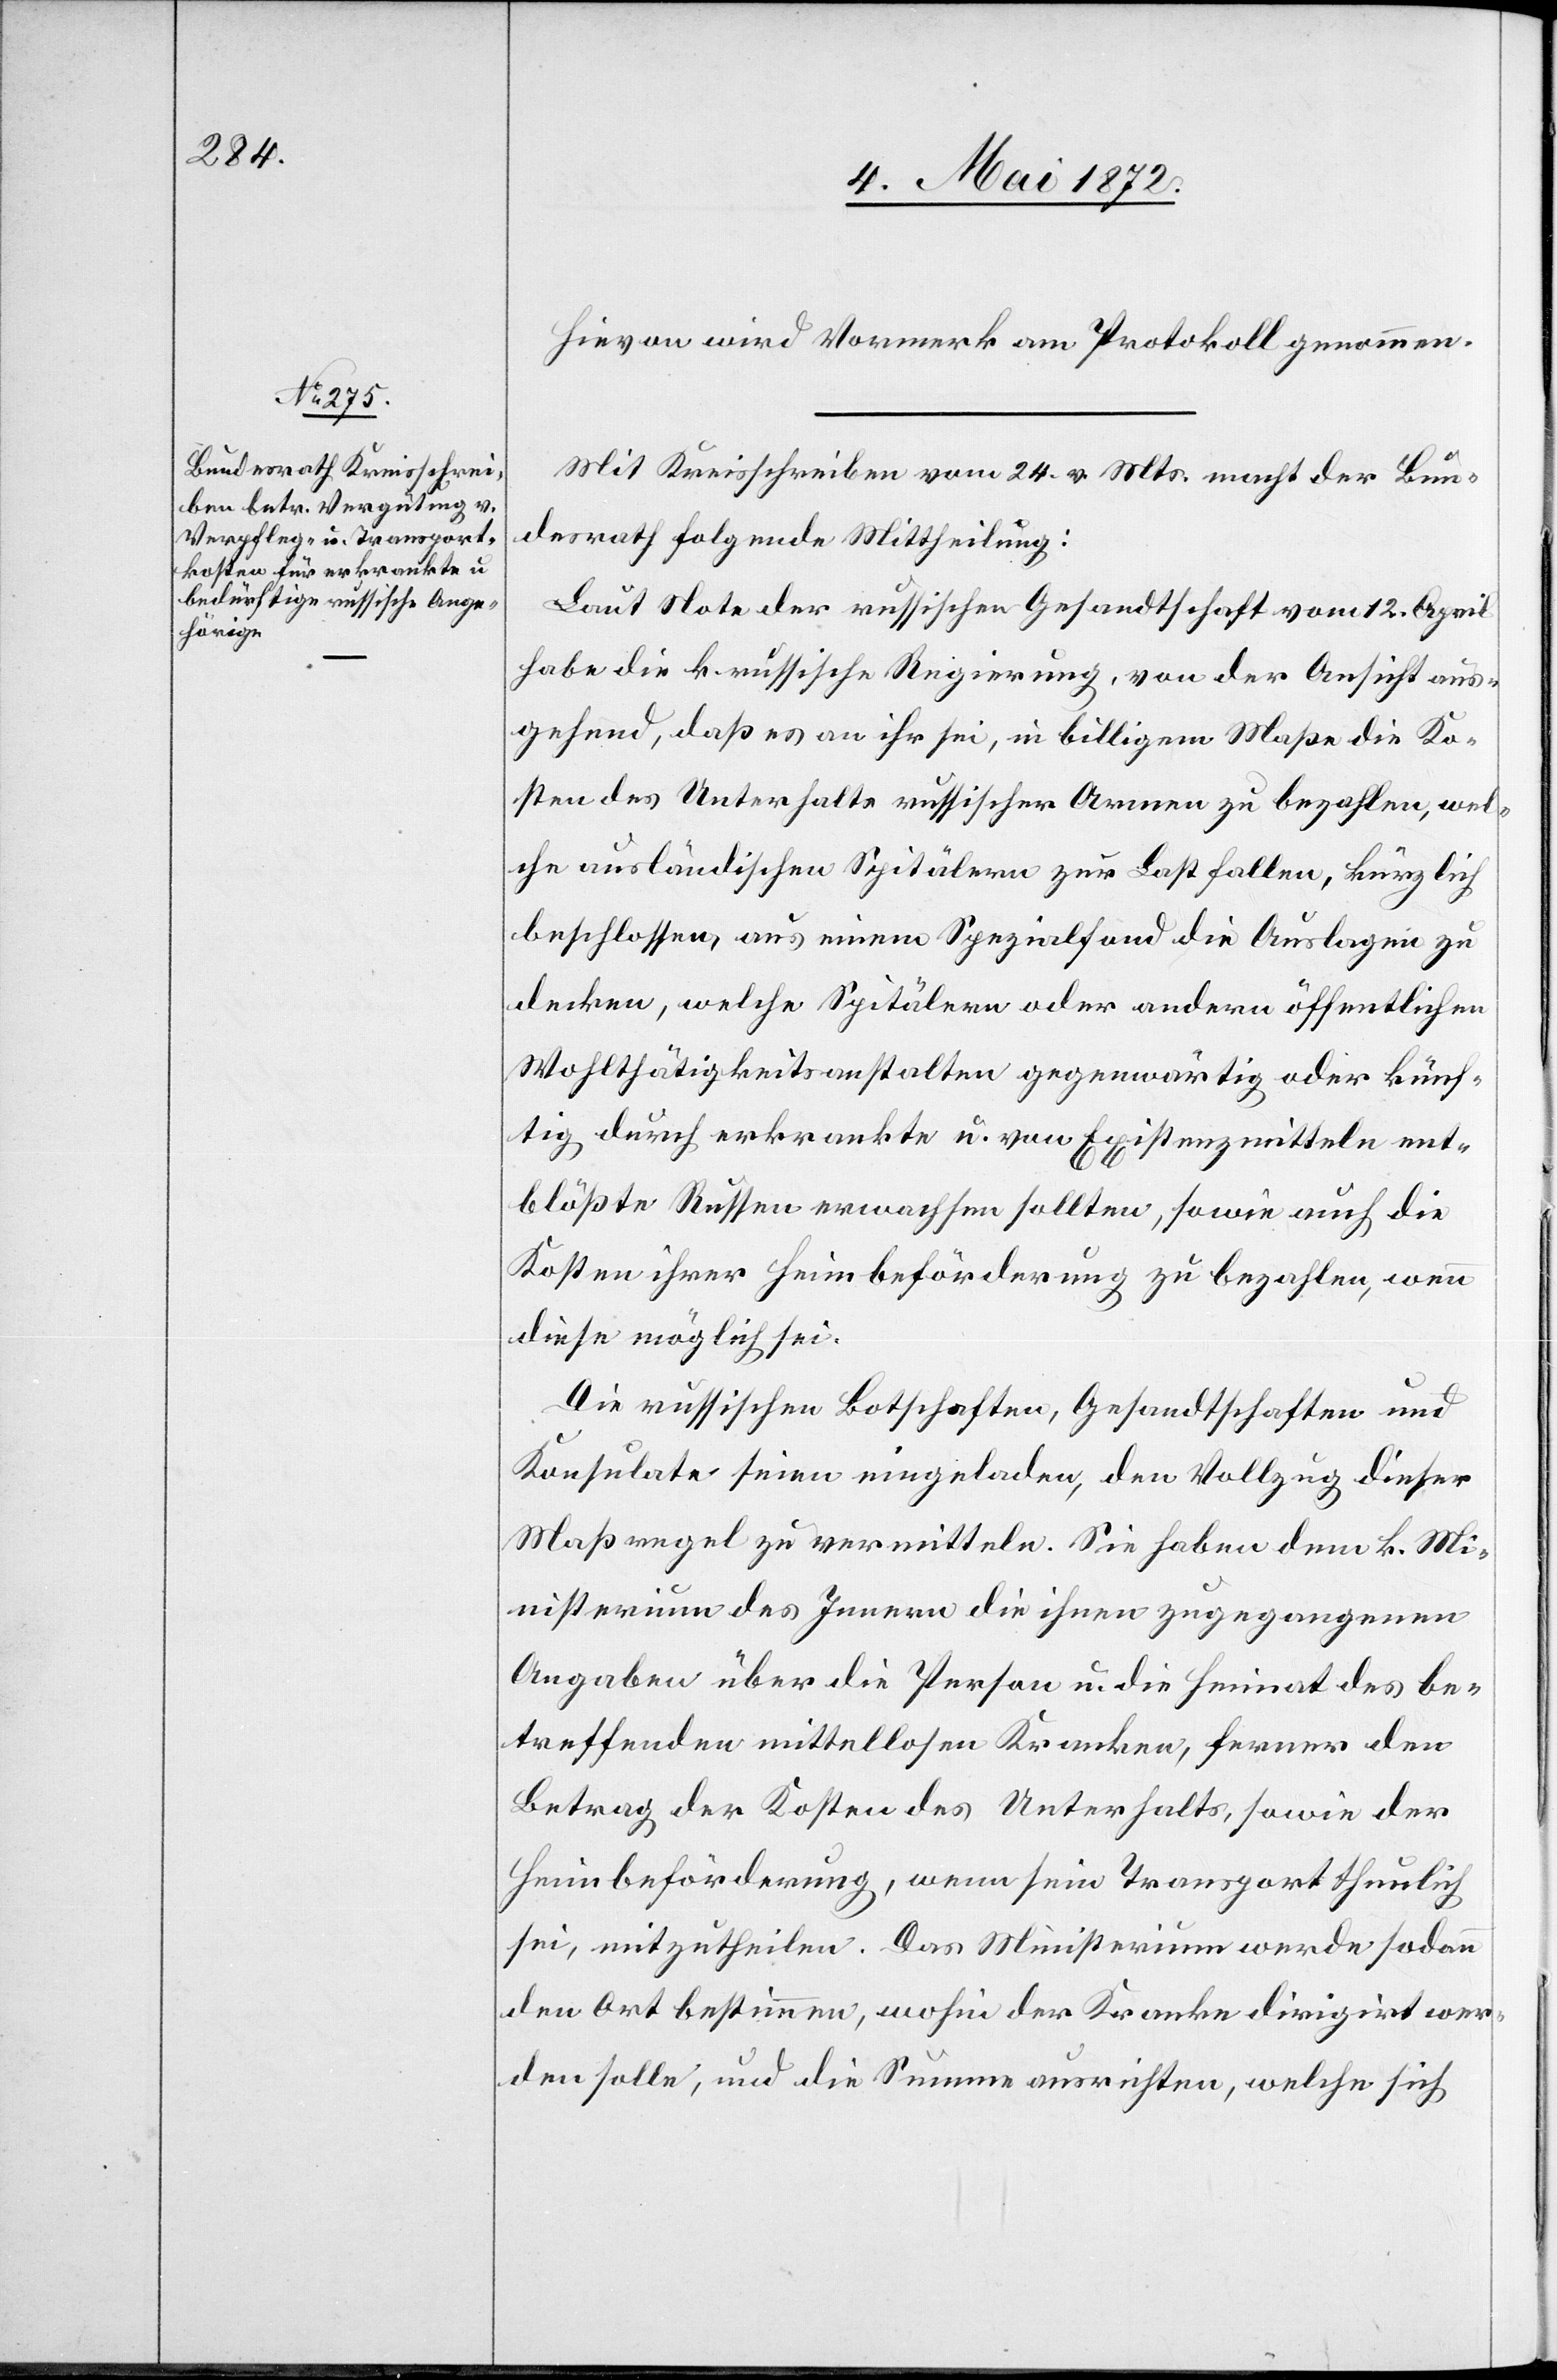
Hievon wird Vormerk am Protokoll genommen.
Mit Kreisschreiben vom 24. v. Mts. macht der Bun¬
desrath folgende Mittheilung:
Laut Note der russischen Gesandtschaft vom 12. April
habe die k. russische Regierung, von der Ansicht aus¬
gehend, daß es an ihr sei, in billigem Maße die Ko¬
sten des Unterhalts russischer Armen zu bezahlen, wel¬
che ausländischen Spitälern zur Last fallen, kürzlich
beschlossen, aus einem Spezialfond die Auslagen zu
decken, welche Spitälern oder andern öffentlichen
Wohlthätigkeitsanstalten gegenwärtig oder künf¬
tig durch erkrankte u. von Existenzmitteln ent¬
blößte Russen erwachsen sollten, sowie auch die
Kosten ihrer Heimbeförderung zu bezahlen, wenn
diese möglich sei.
Die russischen Botschaften, Gesandtschaften und
Konsulate seien eingeladen, den Vollzug dieser
Maßregel zu vermitteln. Sie haben dem k. Mi¬
nisterium des Innern die ihnen zugegangenen
Angaben über die Person u. die Heimat des be¬
treffenden mittellosen Kranken, ferner den
Betrag der Kosten des Unterhalts, sowie der
Heimbeförderung, wenn sein Transport thunlich
sei, mitzutheilen. Das Ministerium werde sodann
den Ort bestimmen, wohin der Kranke dirigirt wer¬
den solle, und die Summe ausrichten, welche sich